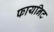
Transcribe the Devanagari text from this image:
फायनिट